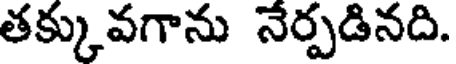
తక్కువగాను నేర్పడినది.